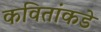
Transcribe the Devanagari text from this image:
कवितांकडे